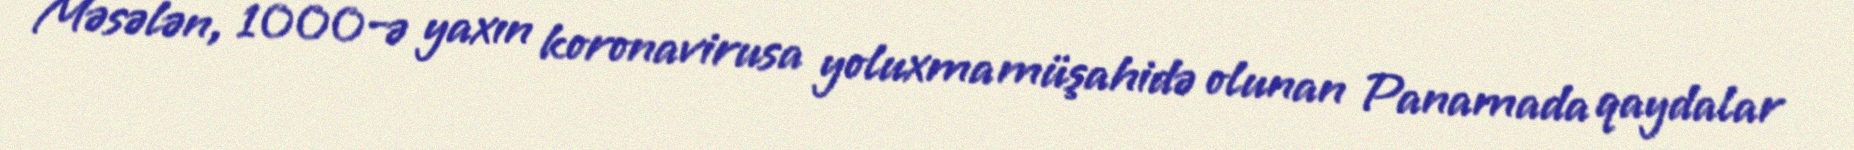
Məsələn, 1000-ə yaxın koronavirusa yoluxma müşahidə olunan Panamada qaydalar